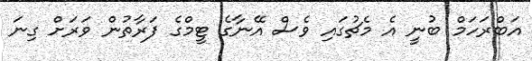
އަބްރަހަމް ބުނީ އެ މެޗުގައި ވެސް އޭނާގެ ޓީމްގެ ފަރާތުން ވަރަށް ގިނަ